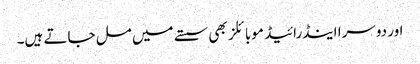
اور دوسرا اینڈرائیڈ موبائلز بھی سستے میں مل جاتے ہیں۔